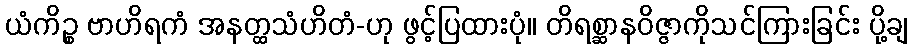
ယံကိဉ္စ ဗာဟိရကံ အနတ္ထသံဟိတံ-ဟု ဖွင့်ပြထားပုံ။ တိရစ္ဆာနဝိဇ္ဇာကိုသင်ကြားခြင်း ပို့ချ